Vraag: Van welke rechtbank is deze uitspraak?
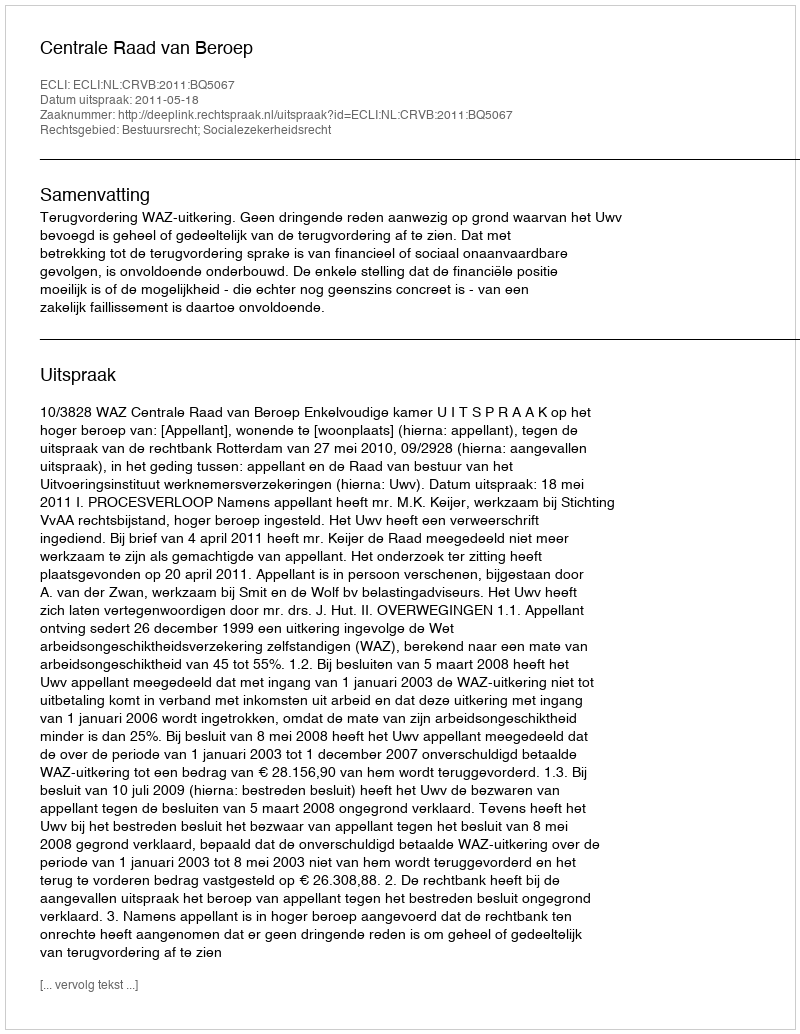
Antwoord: Centrale Raad van Beroep